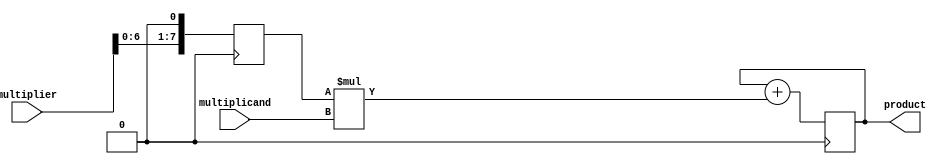
module ShiftAndAddMultiplier(
    input wire [7:0] multiplicand,
    input wire [7:0] multiplier,
    output wire [15:0] product
);

reg [7:0] mult_reg;
reg [15:0] product_reg;

always @ (posedge clk) begin
    // Shift the multiplier one bit to the right
    mult_reg <= {multiplier[6:0], 1'b0};
    
    // Add the shifted multiplier and the multiplicand
    product_reg <= product_reg + (mult_reg * multiplicand);
end

assign product = product_reg;

endmodule